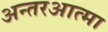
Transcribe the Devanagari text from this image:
अन्तरआत्मा